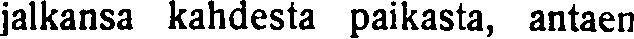
jalkansa kahdesta paikasta, antaen